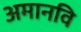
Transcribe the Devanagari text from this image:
अमानवि